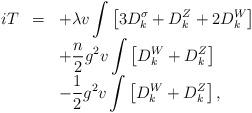
LaTeX: \begin{align*}\begin{array}{rcl}iT&=&\displaystyle +\lambda v\int\left[3D^{\sigma}_k+D^Z_k+2D^W_k\right]\\&&\displaystyle+\frac{n}{2}g^2v\int\left[D^W_k+D^Z_k\right]\\&&\displaystyle-\frac{1}{2}g^2v\int\left[D^W_k+D^Z_k\right],\end{array}\end{align*}